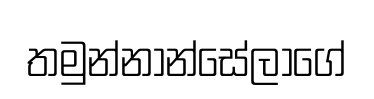
තමුන්නාන්සේලාගේ